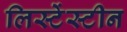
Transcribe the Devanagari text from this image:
लिस्टेंस्टीन